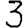
Digit: 3